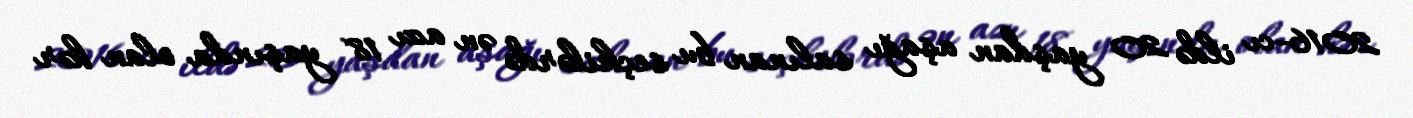
2016-cı ildə 20 yaşdan aşağı salınan bu seçkilərdə ən azı 18 yaşında olan hər